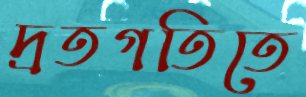
দ্রতগতিতে